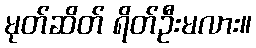
မုတ်ဆိတ် ရိတ်ဦးမလား။